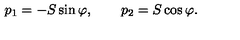
p _ { 1 } = - S \sin \varphi , \qquad p _ { 2 } = S \cos \varphi .